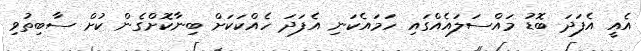
އެއީ އެފަދަ ބޮޑު މައްސަލައެއްގައި ހަމައެކަނި އެފަދަ ހެއްކަކަށް ބިނާކޮށްގެން ކުށް ސާބިތުވި